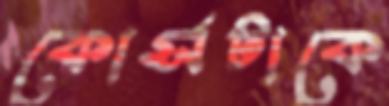
কোর্সটাকে